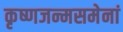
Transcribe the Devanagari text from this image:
कृष्णजन्मसमेनां